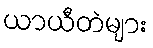
ယာယီတဲများ